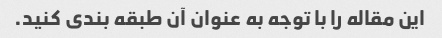
این مقاله را با توجه به عنوان آن طبقه بندی کنید.